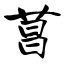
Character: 菖